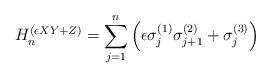
LaTeX: \begin{align*}H_{n}^{(\epsilon XY+Z)}=\sum_{j=1}^n\left(\epsilon\sigma_{ j }^{(1)}\sigma_{ j+1 }^{(2)}+\sigma_{ j }^{(3)}\right)\end{align*}